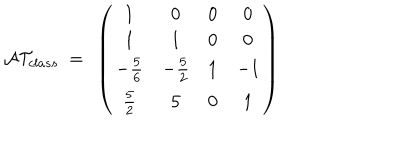
LaTeX: { \cal A T } _ { c l a s s } ~ = ~ \left( \begin{matrix} { { 1 } } & { { 0 } } & { { 0 } } & { { 0 } } \\ { { 1 } } & { { 1 } } & { { 0 } } & { { 0 } } \\ { { - { \frac { 5 } { 6 } } } } & { { - { \frac { 5 } { 2 } } } } & { { 1 } } & { { - 1 } } \\ { { { \frac { 5 } { 2 } } } } & { { 5 } } & { { 0 } } & { { 1 } } \\ \end{matrix} \right)